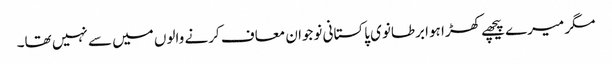
مگر میرے پیچھے کھڑا ہوا برطانوی پاکستانی نوجوان معاف کرنے والوں میں سے نہیں تھا۔